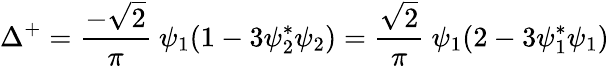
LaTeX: \Delta^{+}=\frac{-\sqrt{2}}{\pi}~\psi_{1}(1-3\psi_{2}^{*}\psi_{2})=\frac{\sqrt{2}}{\pi}~\psi_{1}(2-3\psi_{1}^{*}\psi_{1})